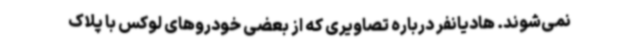
نمی‌شوند. هادیانفر درباره تصاویری که از بعضی خودروهای لوکس با پلاک